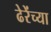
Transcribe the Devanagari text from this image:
ढेरेंच्या